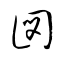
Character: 図